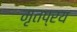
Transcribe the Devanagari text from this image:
मृतप्रय